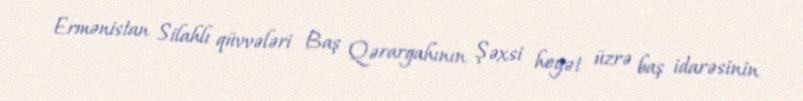
Ermənistan Silahlı qüvvələri Baş Qərargahının Şəxsi heyət üzrə baş idarəsinin